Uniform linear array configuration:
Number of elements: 4
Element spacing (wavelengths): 0.25
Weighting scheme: hamming
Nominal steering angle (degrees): -45
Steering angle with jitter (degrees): -44.057
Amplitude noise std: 0.05
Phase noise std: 0.05

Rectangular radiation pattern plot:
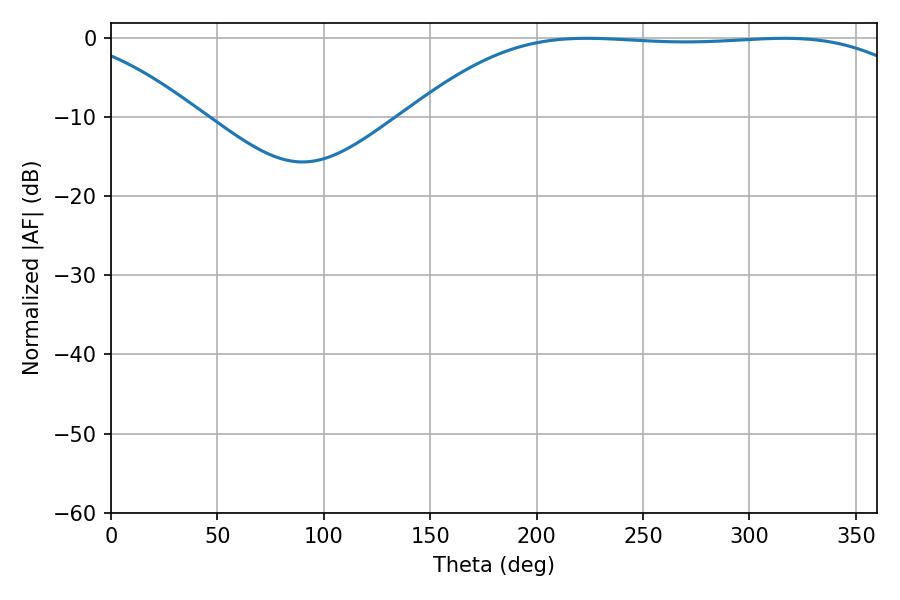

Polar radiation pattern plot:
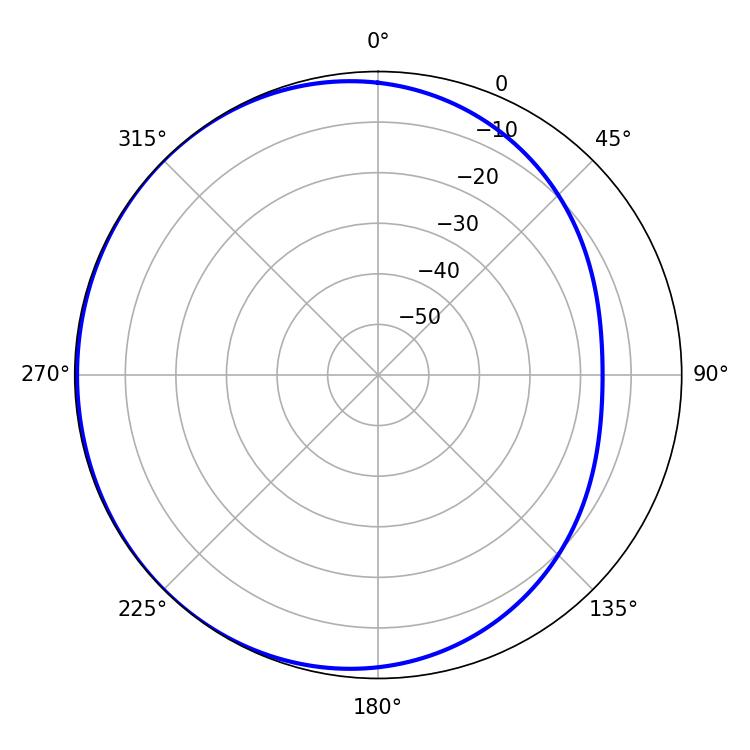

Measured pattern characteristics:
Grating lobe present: FALSE
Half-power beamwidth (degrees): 186.3
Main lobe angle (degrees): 223.56